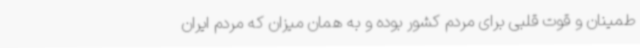
طمینان و قوت قلبی برای مردم کشور بوده و به همان میزان که مردم ایران